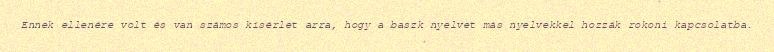
Ennek ellenére volt és van számos kísérlet arra, hogy a baszk nyelvet más nyelvekkel hozzák rokoni kapcsolatba.